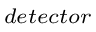
_ { d e t e c t o r }